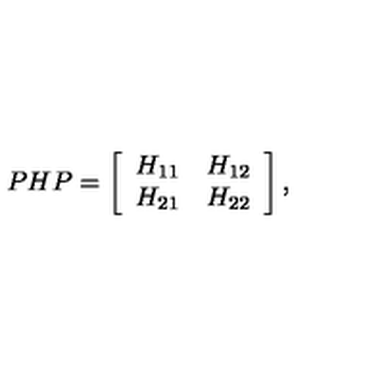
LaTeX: P H P = \left[ \begin{array} { r r } { H _ { 1 1 } } & { H _ { 1 2 } } \\ { H _ { 2 1 } } & { H _ { 2 2 } } \\ \end{array} \right] ,